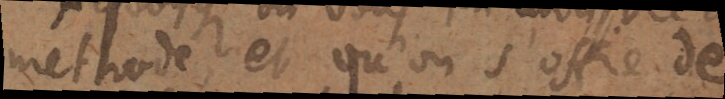
méthode et qu’on s’offre de